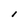
Character: l